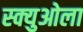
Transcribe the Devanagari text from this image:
स्क्युओला